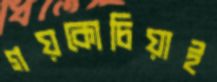
গয়কোচিয়াই